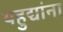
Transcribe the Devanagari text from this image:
यहुद्यांना